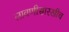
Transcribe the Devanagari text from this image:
लावणीसारखीच